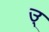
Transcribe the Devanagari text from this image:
उ्